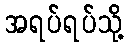
အရပ်ရပ်သို့